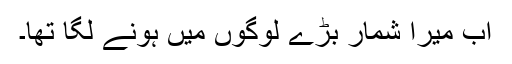
اب میرا شمار بڑے لوگوں میں ہونے لگا تھا۔